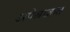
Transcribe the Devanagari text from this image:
अपेश्राक्रत